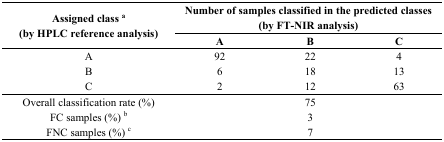
| <ROWSPAN=2> Assigned class a (by HPLC reference analysis) | <COLSPAN=3> Number of samples classified in the predicted classes (by FT-NIR analysis) |
 | A | B | C |
 | --- | --- | --- | --- |
 | A | 92 | 22 | 4 |
 | B | 6 | 18 | 13 |
 | C | 2 | 12 | 63 |
 | Overall classification rate (%) | <ROWSPAN=3>  | 75 | <ROWSPAN=3>  |
 | FC samples (%) b | 3 |
 | FNC samples (%) c | 7 |